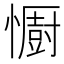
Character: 𢣵